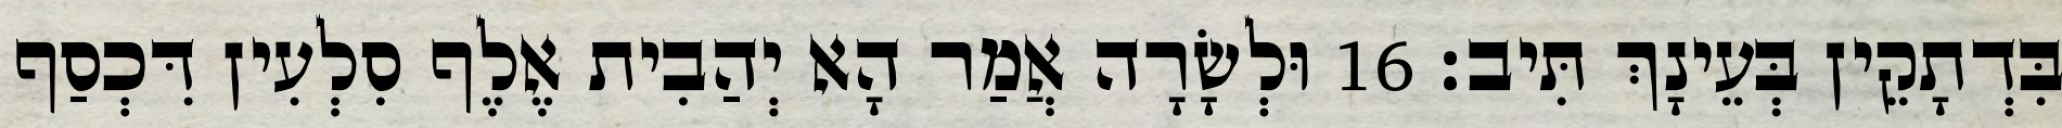
בִּדְתָקֵין בְּעֵינָךְ תִּיב׃ 16 וּלְשָׂרָה אֲמַר הָא יְהַבִית אֶלֶף סִלְעִין דִּכְסַף